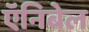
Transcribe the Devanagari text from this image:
ऍनिबेल